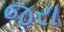
જરા